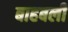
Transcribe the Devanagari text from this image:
बाहबली